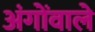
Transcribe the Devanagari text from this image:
अंगोंवाले